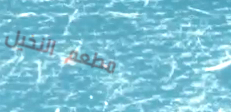
مطعم النخيل